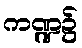
ကဏ္ဍ၌